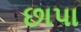
છાપા